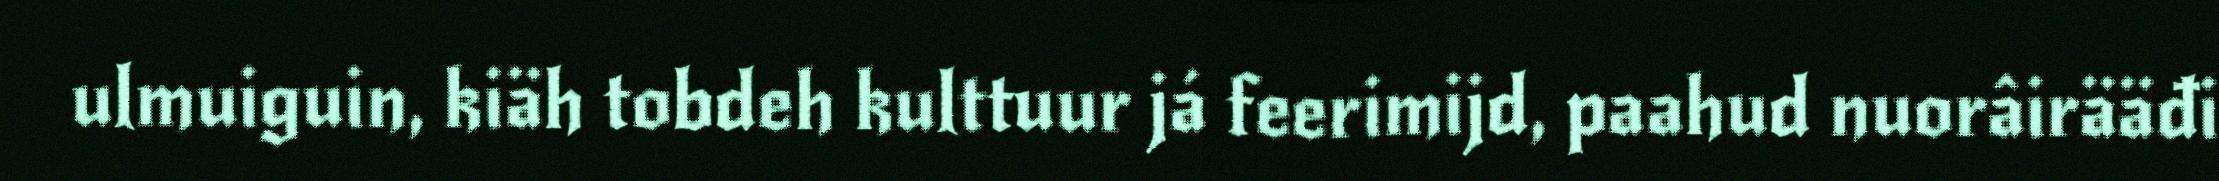
ulmuiguin, kiäh tobdeh kulttuur já feerimijd, paahud nuorâirääđi